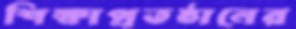
শিক্ষাপ্রতষ্ঠানের